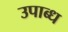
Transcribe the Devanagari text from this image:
उपाब्ध